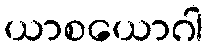
ယာစယောဂါ